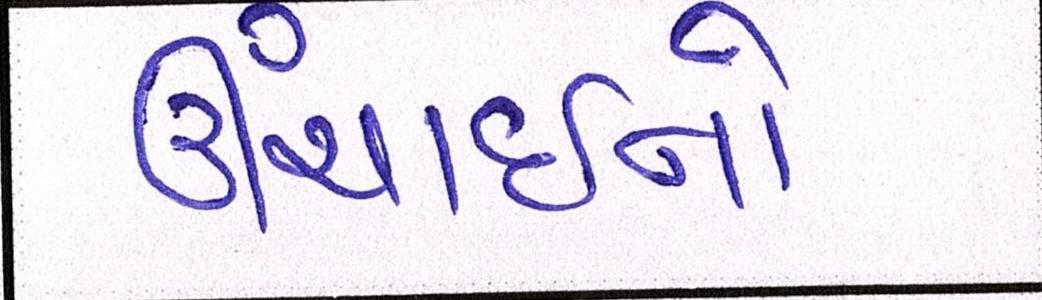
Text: ઊંચાઈનો